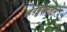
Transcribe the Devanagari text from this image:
व्हेनेझुएलातील